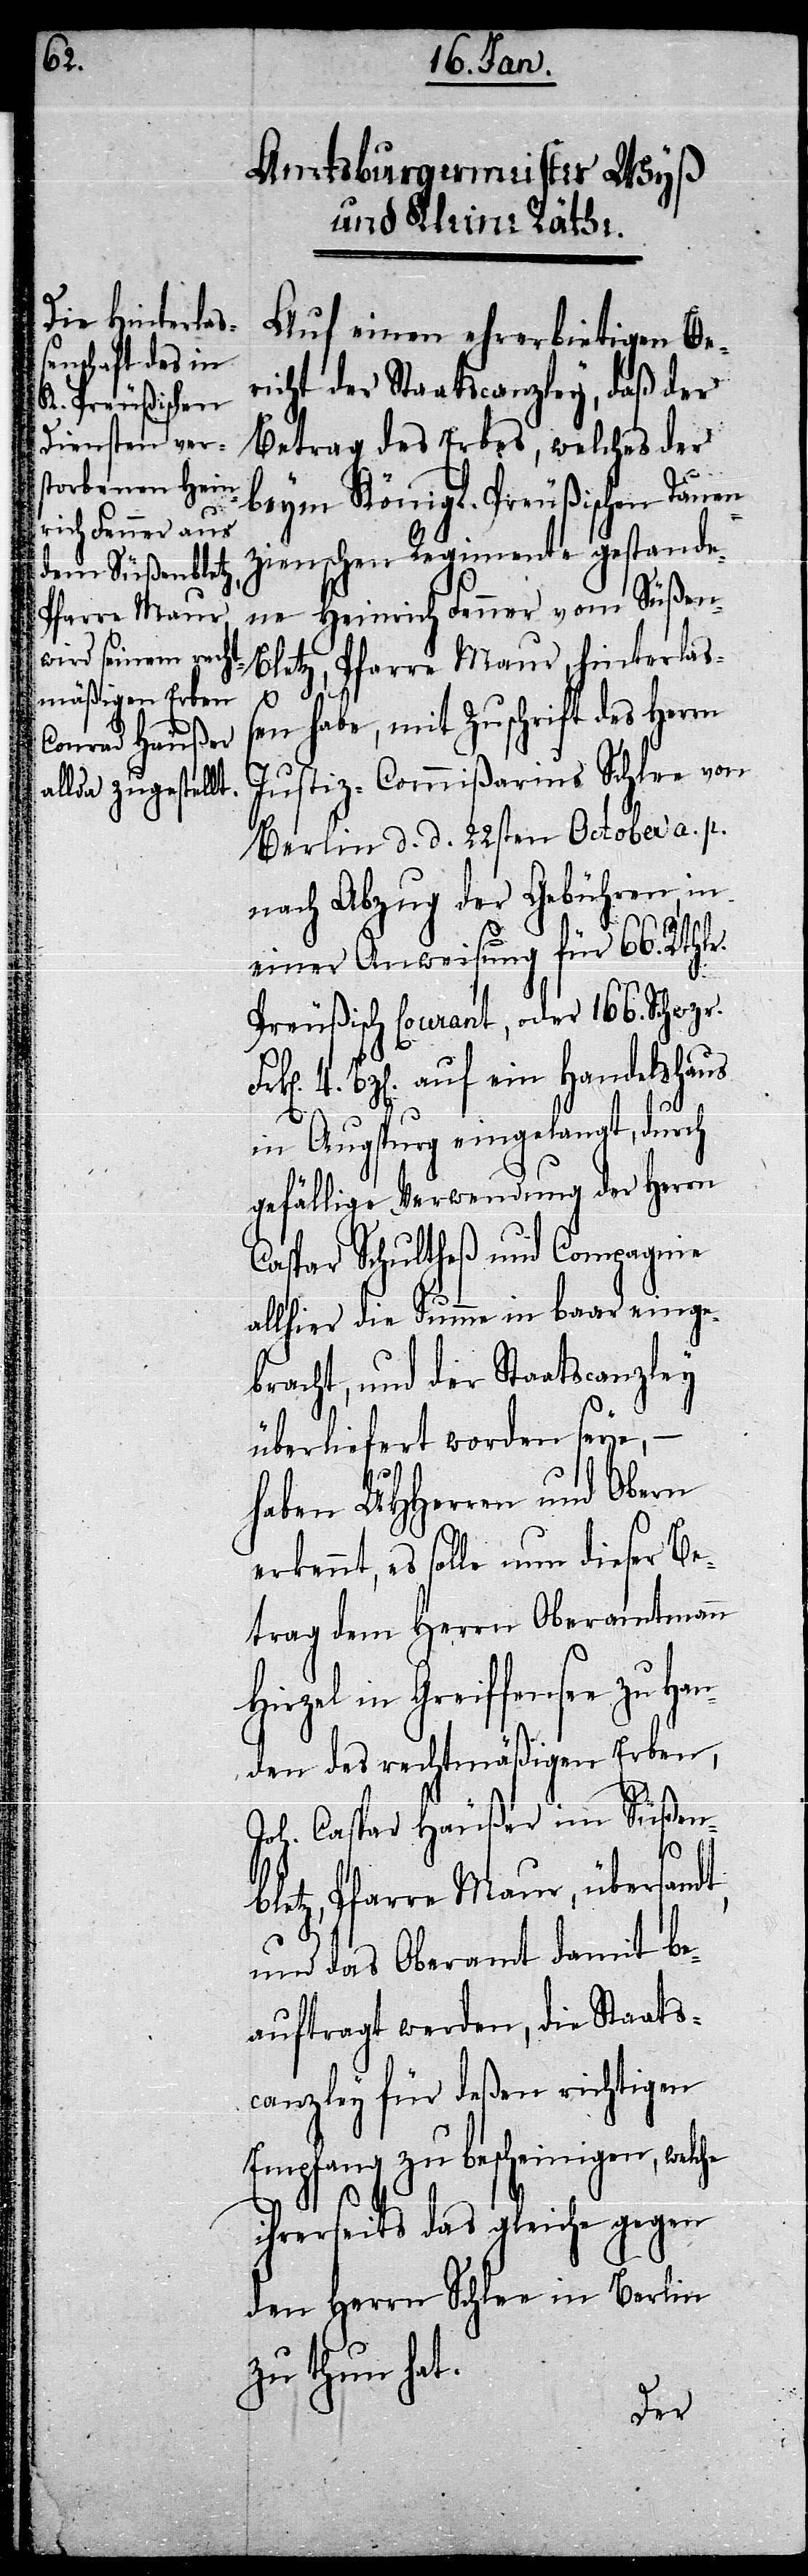
im Süßenble¬

Auf einen ehrerbietigen Be¬
richt der Staatscanzley, daß der
Betrag des Erbes, welches der
beym Königl. Preußischen Tauen¬
zienschen Regimente gestande¬
ne Heinrich Fenner vom Süßen-B¬
letz, Pfarre Maur, hinterlaß¬
en habe, mit Zuschrift des Herrn
Justiz-Commißarius Schlee von
Berlin d. d. 22sten October a. p.
nach Abzug der Gebühren, in
einer Anweisung für 66 Rthlr.
Preußisch courant, oder 166. Schwzr.
4. Bz[en]. auf ein Handelshaus
in Augspurg eingelangt, durch
gefällige Verwendung der Herrn
Caspar Schultheß und Compagnie
allhier die Summe in baar einge¬
bracht, und der Staatscanzley
überliefert worden seye,
haben UHHerren und Obern
erkennt, es solle nun dieser Be¬
trag dem Herrn Oberamtmann
Hirzel in Greiffensee zu Ha¬
nden des rechtmäßigen Erben,
Joh.
tz, Pfarre Maur, übersandt,
und das Oberamt damit be¬
auftragt werden, die Staats¬
canzley für deßen richtigen
Empfang zu bescheinigen, welche
ihrerseits das gleiche gegen
den Herrn Schlee in Berlin
zu thun hat.